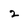
Character: 2